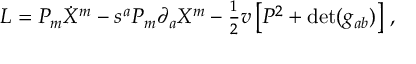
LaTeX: { \cal L } = P _ { m } \dot { X } ^ { m } - s ^ { a } P _ { m } \partial _ { a } X ^ { m } - { \textstyle { \frac { 1 } { 2 } } } v \left[ P ^ { 2 } + \mathrm { d e t } ( g _ { a b } ) \right] \, ,